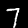
Digit: 7